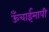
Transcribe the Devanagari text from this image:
ऊँचाईमापी